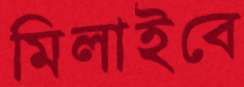
মিলাইবে